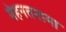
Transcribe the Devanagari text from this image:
मेहनतनामा